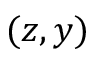
( z , y )